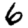
Digit: 6